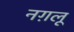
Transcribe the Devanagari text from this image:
नग़लू